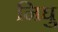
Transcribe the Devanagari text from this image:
निघु